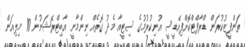
ތަންފީޒުކުރަން ޑްރާފްޓްކޮށްފިއޭޑީސީ އުނިކުރުމުގެ ސިޓީއާ މެދު ގޮތެއް ނިންމާނީ އާބިޓްރޭޝަނުން 10 މިލިއަން